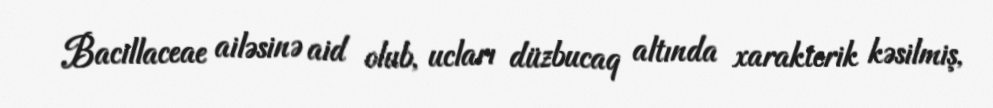
Bacillaceae ailəsinə aid olub, ucları düzbucaq altında xarakterik kəsilmiş,